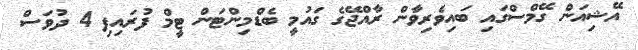
އޭޝިއަން ގޭމްސްގައި ބައިވެރިވާން ރާއްޖޭގެ ގައުމީ ބެޑްމިންޓަން ޓީމް ފުރައިފި 4 ދުވަސް